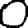
Digit: 0